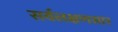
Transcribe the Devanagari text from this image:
सर्वलक्षणसार